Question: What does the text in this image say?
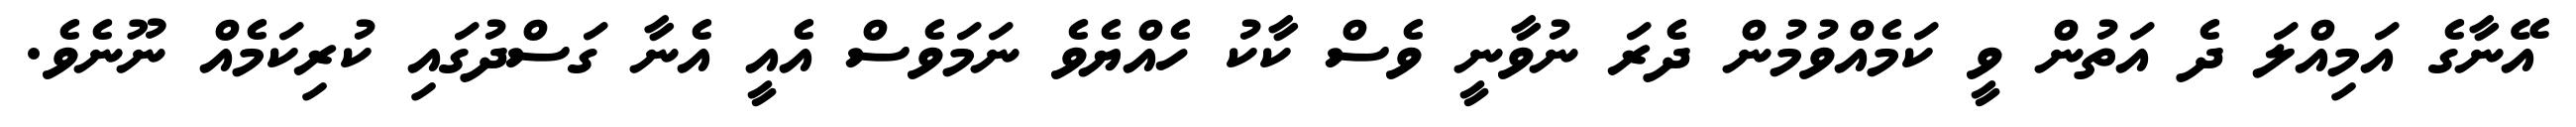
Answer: އޭނާގެ އަމިއްލަ ދެ އަތުން ވީ ކަމެއްވުމުން ދެރަ ނުވާނީ ވެސް ކާކު ހެއްޔެވެ ނަމަވެސް އެއީ އެނާ ގަސްދުގައި ކުރިކަމެއް ނޫނެވެ.